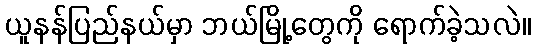
ယူနန်ပြည်နယ်မှာ ဘယ်မြို့တွေကို ရောက်ခဲ့သလဲ။